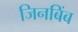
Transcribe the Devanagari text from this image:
जिनबिंब